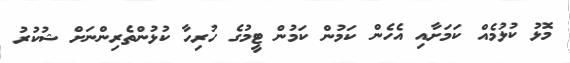
މޮޅު ކުޅުމެއް ކަމަށާއި އެހެން ކަމުން ކަމުން ޓީމުގެ ހުރިހާ ކުޅުންތެރިންނަށް ޝުކުރު